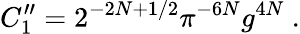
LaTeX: C_{1}^{\prime\prime}=2^{-2N+1/2}\pi^{-6N}g^{4N}\ .